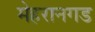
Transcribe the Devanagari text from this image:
मेहरानगड